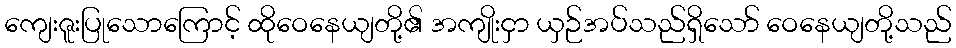
ကျေးဇူးပြုသောကြောင့် ထိုဝေနေယျတို့၏ အကျိုးငှာ ယှဉ်အပ်သည်ရှိသော် ဝေနေယျတို့သည်